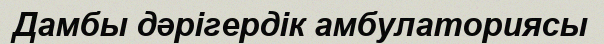
Дамбы дәрігердік амбулаториясы